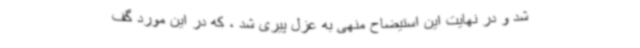
شد و در نهایت این استیضاح منهی به عزل پیری شد ، که در این مورد گف